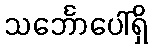
သင်္ဘောပေါ်ရှိ